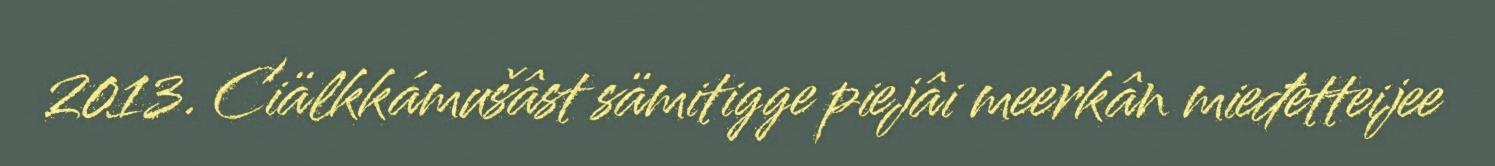
2013. Ciälkkámušâst sämitigge piejâi meerkân mieđetteijee